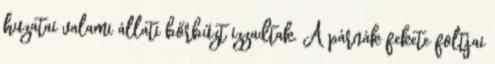
huzatai valami állati bőrbűzt izzadtak. A párnák fekete foltjai